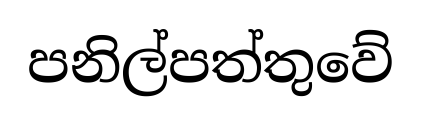
පනිල්පත්තුවේ